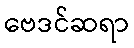
ဗေဒင်ဆရာ